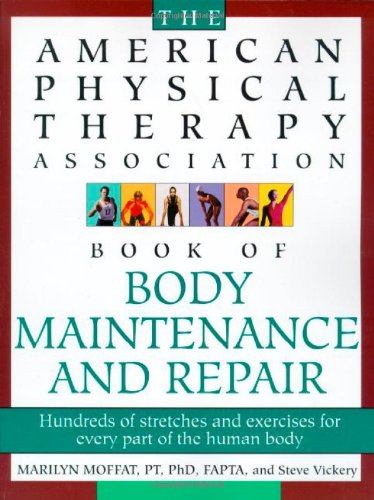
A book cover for The American Physical Therapy Association Book of Body Maintenance and Repair; Steve Vickery; Medical Books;